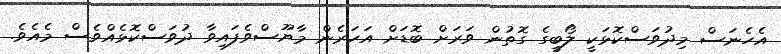
އެހެނަސް މިދުވަސްކޮޅަކީ ލޯބީގެ ގޮތުން ވަރަށް ބޮޑަށް އަހަރެން މާޔޫސްވެފައިވާ ދުވަސްކޮޅެއްވެސް މެއެވެ.